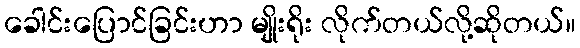
ခေါင်းပြောင်ခြင်းဟာ မျိုးရိုး လိုက်တယ်လို့ဆိုတယ်။